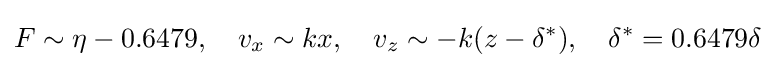
F\sim \eta -0.6479,\quad v_{x}\sim kx,\quad v_{z}\sim -k(z-\delta ^{*}),\quad \delta ^{*}=0.6479\delta